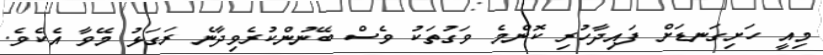
މިއީ ހަށިގަނޑަށް ފައިދާހުރި ކޮންމެ ވަގުތަކު ވެސް ބޭނުންކުރެވިދާނެ ރަގަޅު މޭވާ އެކެވެ.